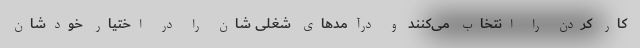
کار کردن را انتخاب می‌کنند و درآمدهای شغلی شان را در اختیار خودشان